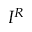
I ^ { R }